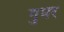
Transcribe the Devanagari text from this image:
गुमर